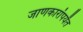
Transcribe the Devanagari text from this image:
जाणकारांपर्यंत